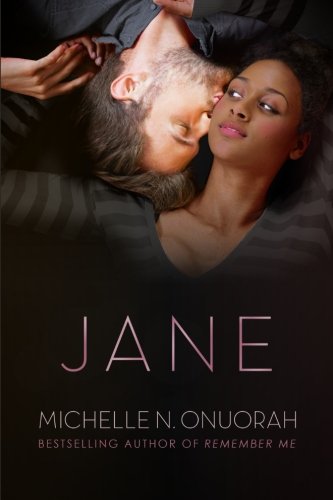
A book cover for Jane; Michelle N. Onuorah; Romance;